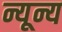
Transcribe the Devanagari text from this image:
न्यून्य